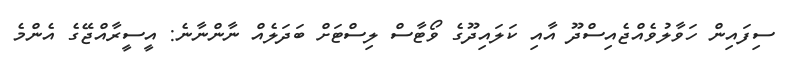
ސިފައިން ހަވާލުވެއްޖެއިސްދޫ އާއި ކަލައިދޫގެ ވޯޓާސް ލިސްޓަށް ބަދަލެއް ނާންނާނެ: އީސީރާއްޖޭގެ އެންމެ